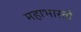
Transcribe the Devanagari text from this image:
महाभारतो